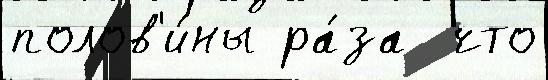
полов'и́ны ра́за  что